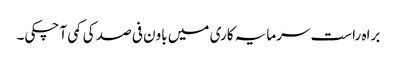
براہ راست سرمایہ کاری میں باون فی صد کی کمی آ چکی۔